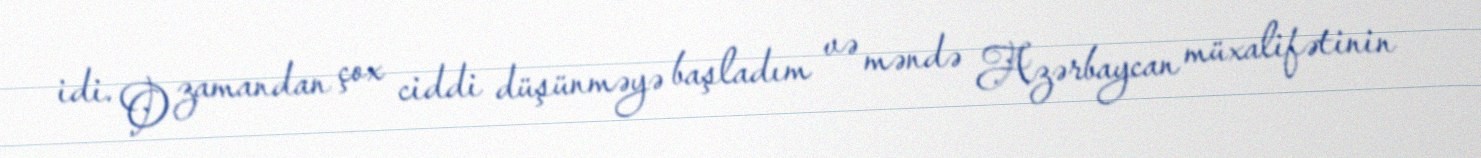
idi. O zamandan çox ciddi düşünməyə başladım və məndə Azərbaycan müxalifətinin